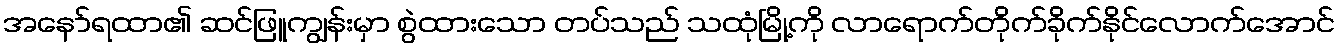
အနော်ရထာ၏ ဆင်ဖြူကျွန်းမှာ စွဲထားသော တပ်သည် သထုံမြို့ကို လာရောက်တိုက်ခိုက်နိုင်လောက်အောင်